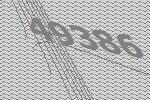
49386